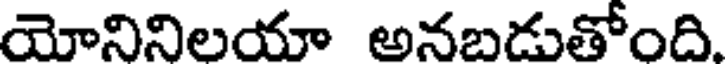
యోనినిలయా అనబడుతోంది.